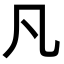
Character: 凡